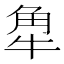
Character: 𧢻